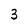
Character: 3